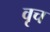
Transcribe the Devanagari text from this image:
वृच